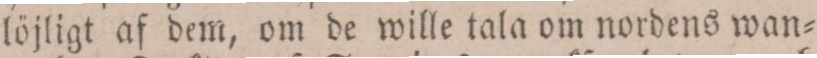
löjligt af dem, om de wille tala om nordens wan=